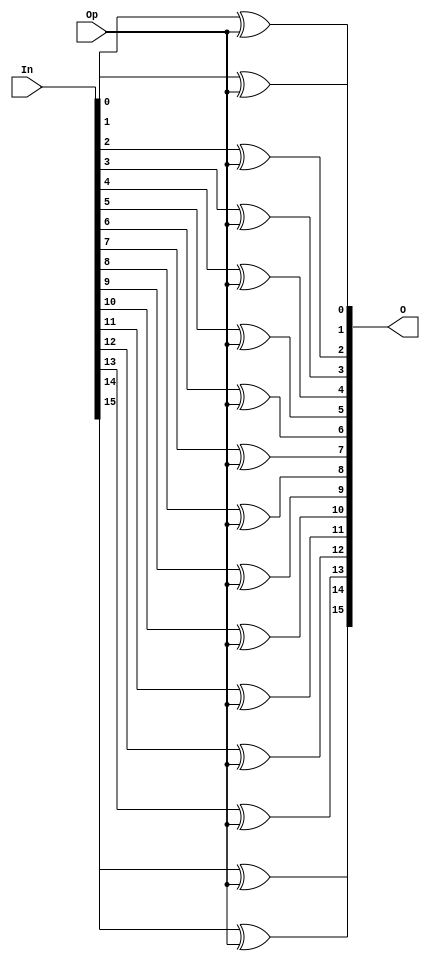
module inv_16b (
    In, Op, O
);

//Op should equal to 1 to inverse

input [15:0] In;
input Op;
output [15:0] O;

assign O[0] = In[0] ^ Op;
assign O[1] = In[1] ^ Op;
assign O[2] = In[2] ^ Op;
assign O[3] = In[3] ^ Op;
assign O[4] = In[4] ^ Op;
assign O[5] = In[5] ^ Op;
assign O[6] = In[6] ^ Op;
assign O[7] = In[7] ^ Op;
assign O[8] = In[8] ^ Op;
assign O[9] = In[9] ^ Op;
assign O[10] = In[10] ^ Op;
assign O[11] = In[11] ^ Op;
assign O[12] = In[12] ^ Op;
assign O[13] = In[13] ^ Op;
assign O[14] = In[14] ^ Op;
assign O[15] = In[15] ^ Op;

endmodule